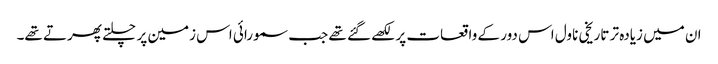
ان میں زیادہ تر تاریخی ناول اس دور کے واقعات پر لکھے گئے تھے جب سمورائی اس زمین پر چلتے پھرتے تھے۔